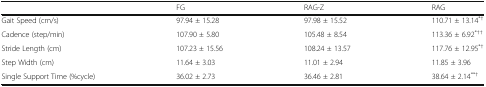
|  | FG | RAG-Z | RAG |
 | --- | --- | --- | --- |
 | Gait Speed (cm/s) | 97.94 ± 15.28 | 97.98 ± 15.52 | 110.71 ± 13.14*† |
 | Cadence (step/min) | 107.90 ± 5.80 | 105.48 ± 8.54 | 113.36 ± 6.92*†† |
 | Stride Length (cm) | 107.23 ± 15.56 | 108.24 ± 13.57 | 117.76 ± 12.95*† |
 | Step Width (cm) | 11.64 ± 3.03 | 11.01 ± 2.94 | 11.85 ± 3.96 |
 | Single Support Time (%cycle) | 36.02 ± 2.73 | 36.46 ± 2.81 | 38.64 ± 2.14**† |